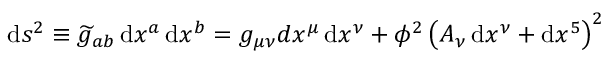
\operatorname { d } \! s ^ { 2 } \equiv { \widetilde { g } } _ { a b } \operatorname { d } \! x ^ { a } \operatorname { d } \! x ^ { b } = g _ { \mu \nu } d x ^ { \mu } \operatorname { d } \! x ^ { \nu } + \phi ^ { 2 } \left( A _ { \nu } \operatorname { d } \! x ^ { \nu } + \operatorname { d } \! x ^ { 5 } \right) ^ { 2 }